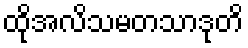
ထိုအလိသမတသာဒုတိ